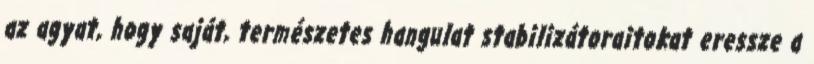
az agyat, hogy saját, természetes hangulat stabilizátoraitokat eressze a